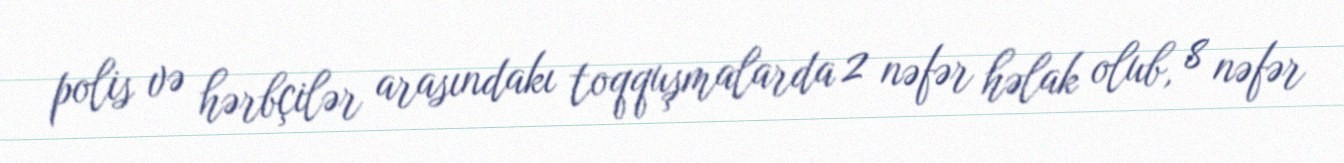
polis və hərbçilər arasındakı toqquşmalarda 2 nəfər həlak olub, 8 nəfər